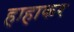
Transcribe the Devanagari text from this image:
हाहाकर